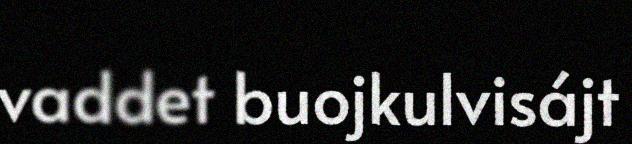
vaddet buojkulvisájt